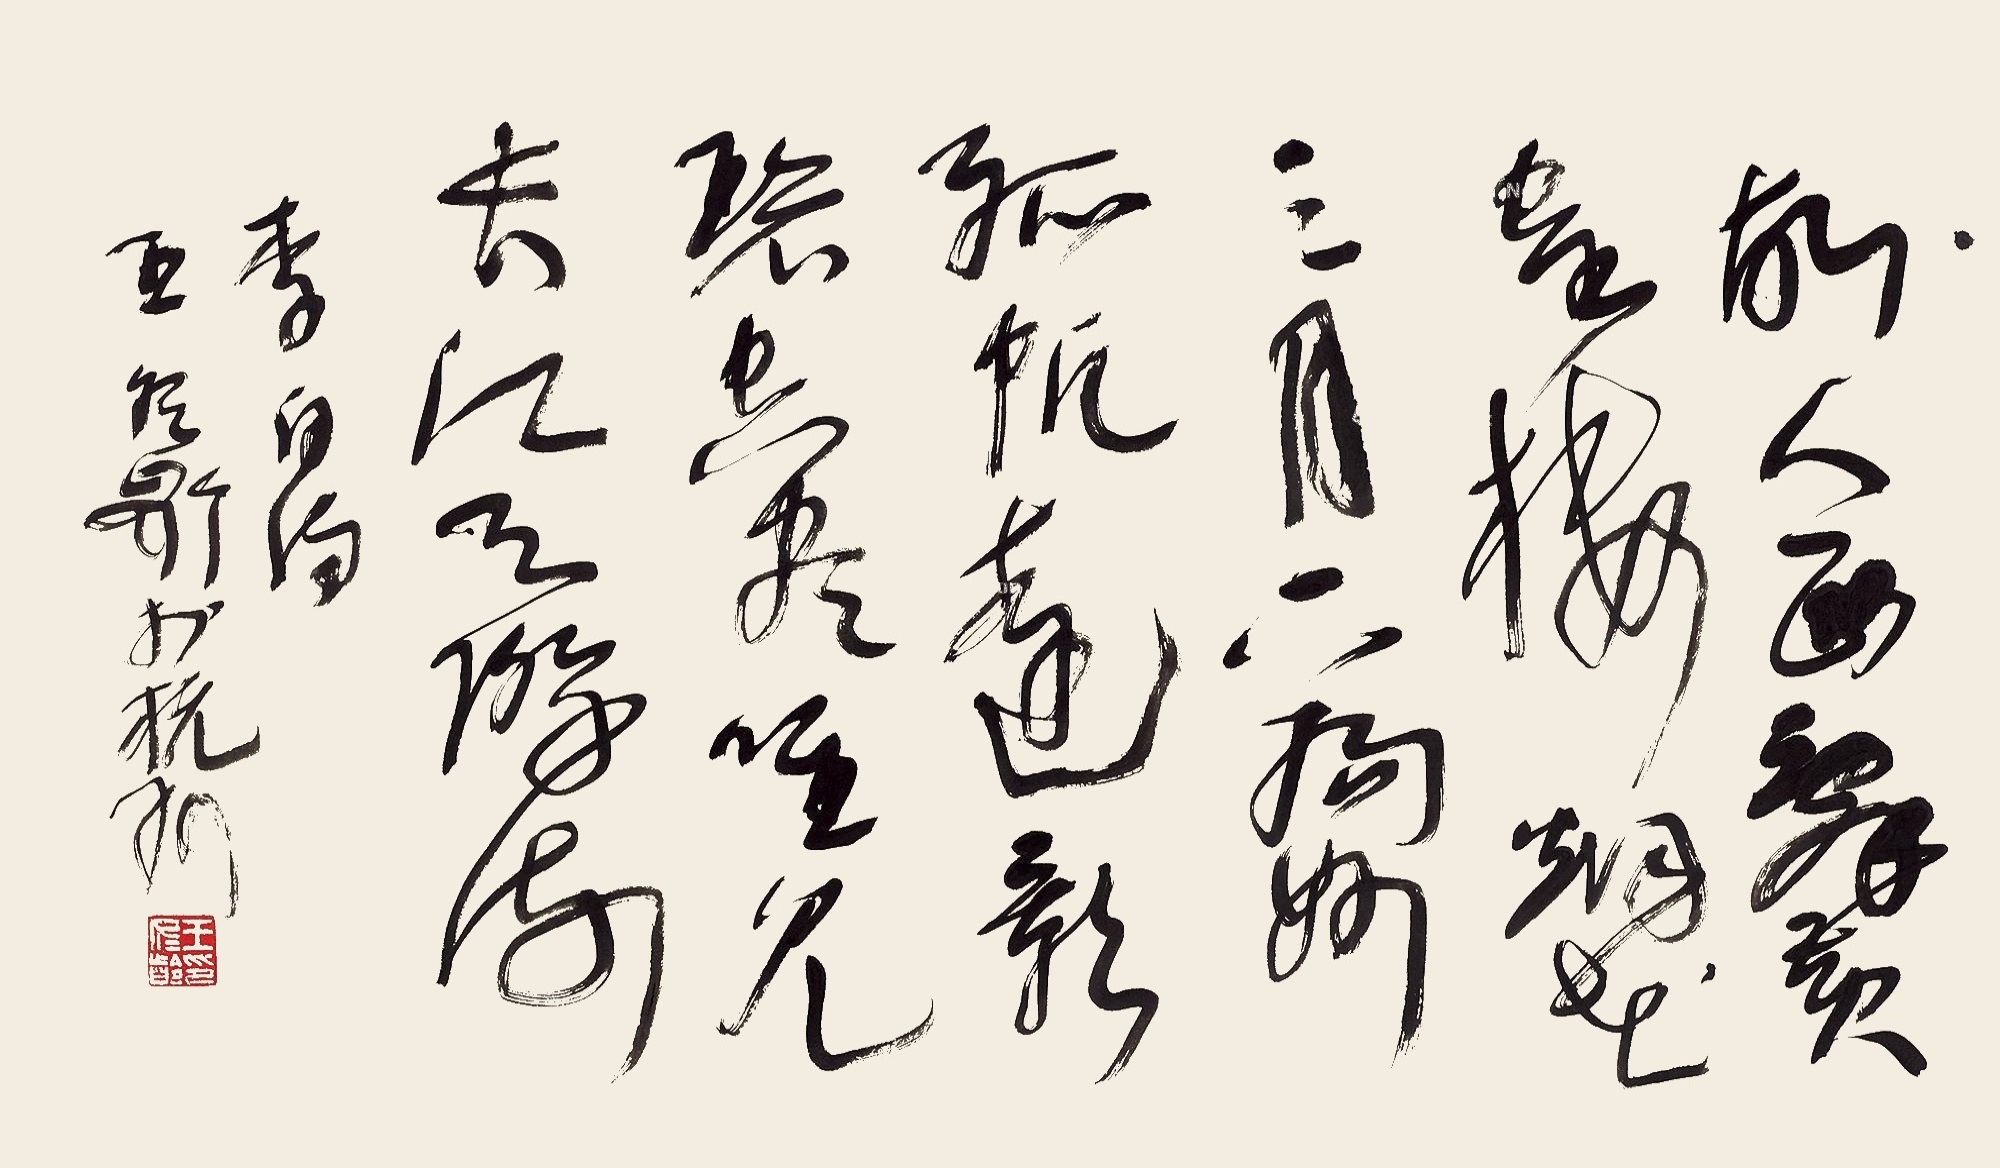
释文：故人西辞黄鹤楼，烟花三月下扬州。孤帆远影碧空尽，唯见长江天际流。李白诗，王冬龄于杭州。